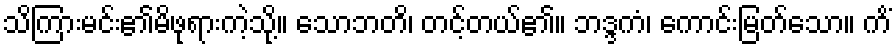
သိကြားမင်း၏မိဖုရားကဲ့သို့။ သောဘတိ၊ တင့်တယ်၏။ ဘဒ္ဒကံ၊ ကောင်းမြတ်သော။ ကိံ